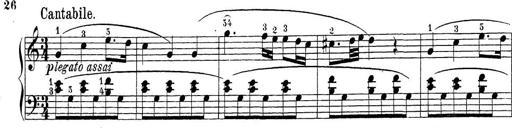
Title: Sonatina Album
Composer: Louis KÃ¶hler